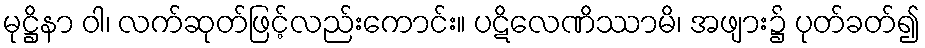
မုဋ္ဌိနာ ဝါ၊ လက်ဆုတ်ဖြင့်လည်းကောင်း။ ပဋိလေဏိဿာမိ၊ အဖျား၌ ပုတ်ခတ်၍